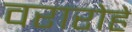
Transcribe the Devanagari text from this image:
वरारोहे